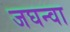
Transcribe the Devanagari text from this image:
जघन्वा